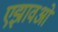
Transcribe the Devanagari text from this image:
एझावओं